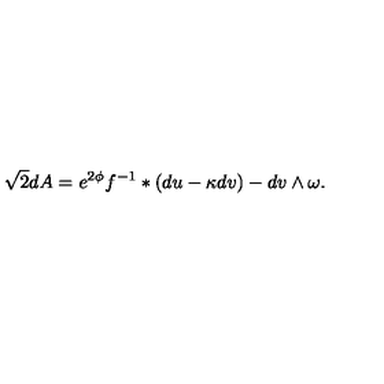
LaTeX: \sqrt { 2 } d A = e ^ { 2 \phi } f ^ { - 1 } \ast ( d u - \kappa d v ) - d v \wedge \omega .